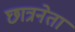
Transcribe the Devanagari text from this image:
छात्रनेता